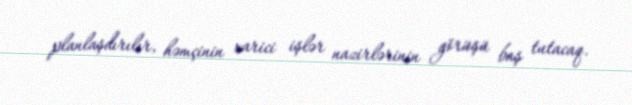
planlaşdırılır, həmçinin xarici işlər nazirlərinin görüşü baş tutacaq.